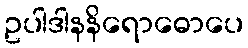
ဥပါဒါနနိရောဓောပေ